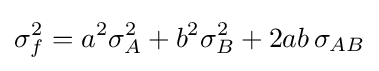
\sigma _{f}^{2}=a^{2}\sigma _{A}^{2}+b^{2}\sigma _{B}^{2}+2ab\,\sigma _{AB}